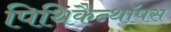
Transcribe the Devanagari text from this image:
पिथिकैन्थॉपस